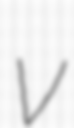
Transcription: v